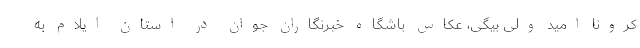
کرونا امید ولی بیگی، عکاس باشگاه خبرنگاران جوان در استان ایلام به